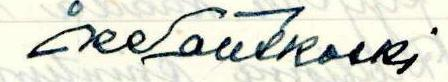
ReSautkoski